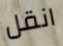
انقل